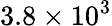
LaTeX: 3.8\times 10^{3}